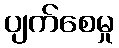
ပျက်စေမှု